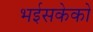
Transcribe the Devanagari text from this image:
भईसकेको